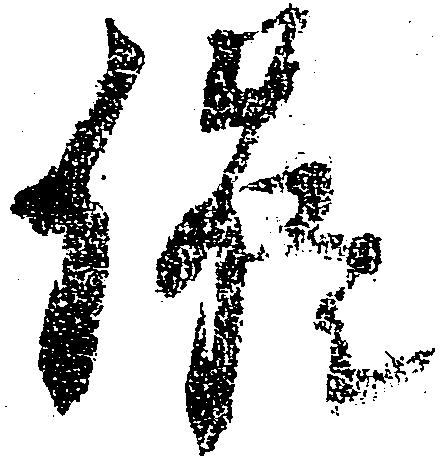
催